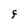
Character: F